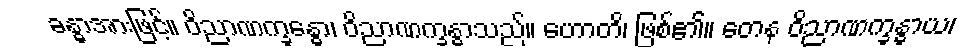
ခန္ဓာအားဖြင့်။ ဝိညာဏက္ခန္ဓော၊ ဝိညာဏက္ခန္ဓာသည်။ ဟောတိ၊ ဖြစ်၏။ တေန ဝိညာဏက္ခန္ဓာယ၊